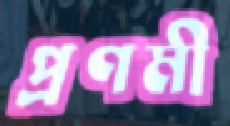
প্রণমী